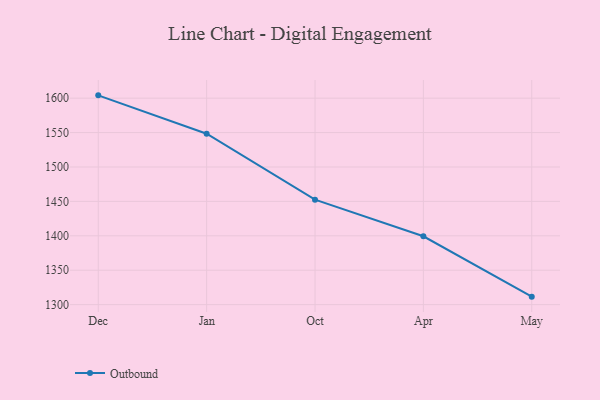
{"axis": {"x": "Month", "y": "LTV (USD)"}, "legend": ["Outbound"], "data": [{"x": "Dec", "y": 1604.1, "type": "Outbound"}, {"x": "Jan", "y": 1548.3, "type": "Outbound"}, {"x": "Oct", "y": 1452.5, "type": "Outbound"}, {"x": "Apr", "y": 1399.3, "type": "Outbound"}, {"x": "May", "y": 1311.6, "type": "Outbound"}]}